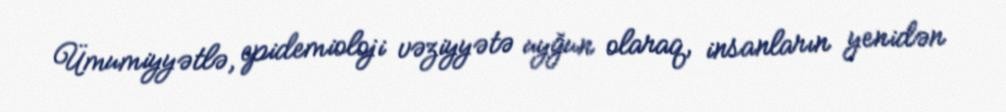
Ümumiyyətlə, epidemioloji vəziyyətə uyğun olaraq, insanların yenidən